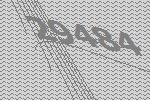
29484